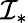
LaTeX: {\cal I}_{*}